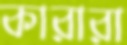
কারারা